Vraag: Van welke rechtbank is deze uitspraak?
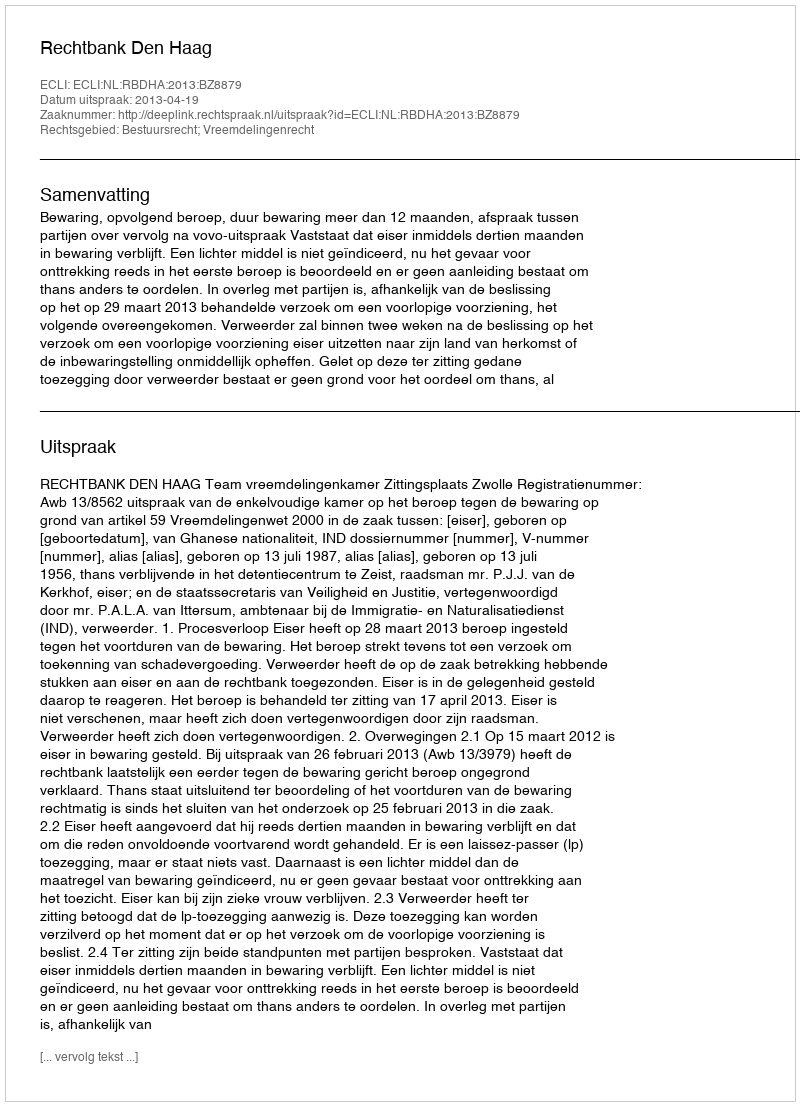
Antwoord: Rechtbank Den Haag